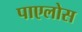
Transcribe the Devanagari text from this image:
पाएलोस